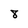
Character: 8